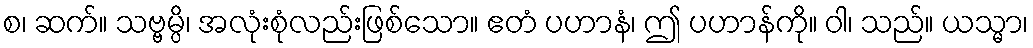
စ၊ ဆက်။ သဗ္ဗမ္ပိ၊ အလုံးစုံလည်းဖြစ်သော။ ဧတံ ပဟာနံ၊ ဤ ပဟာန်ကို။ ဝါ၊ သည်။ ယသ္မာ၊